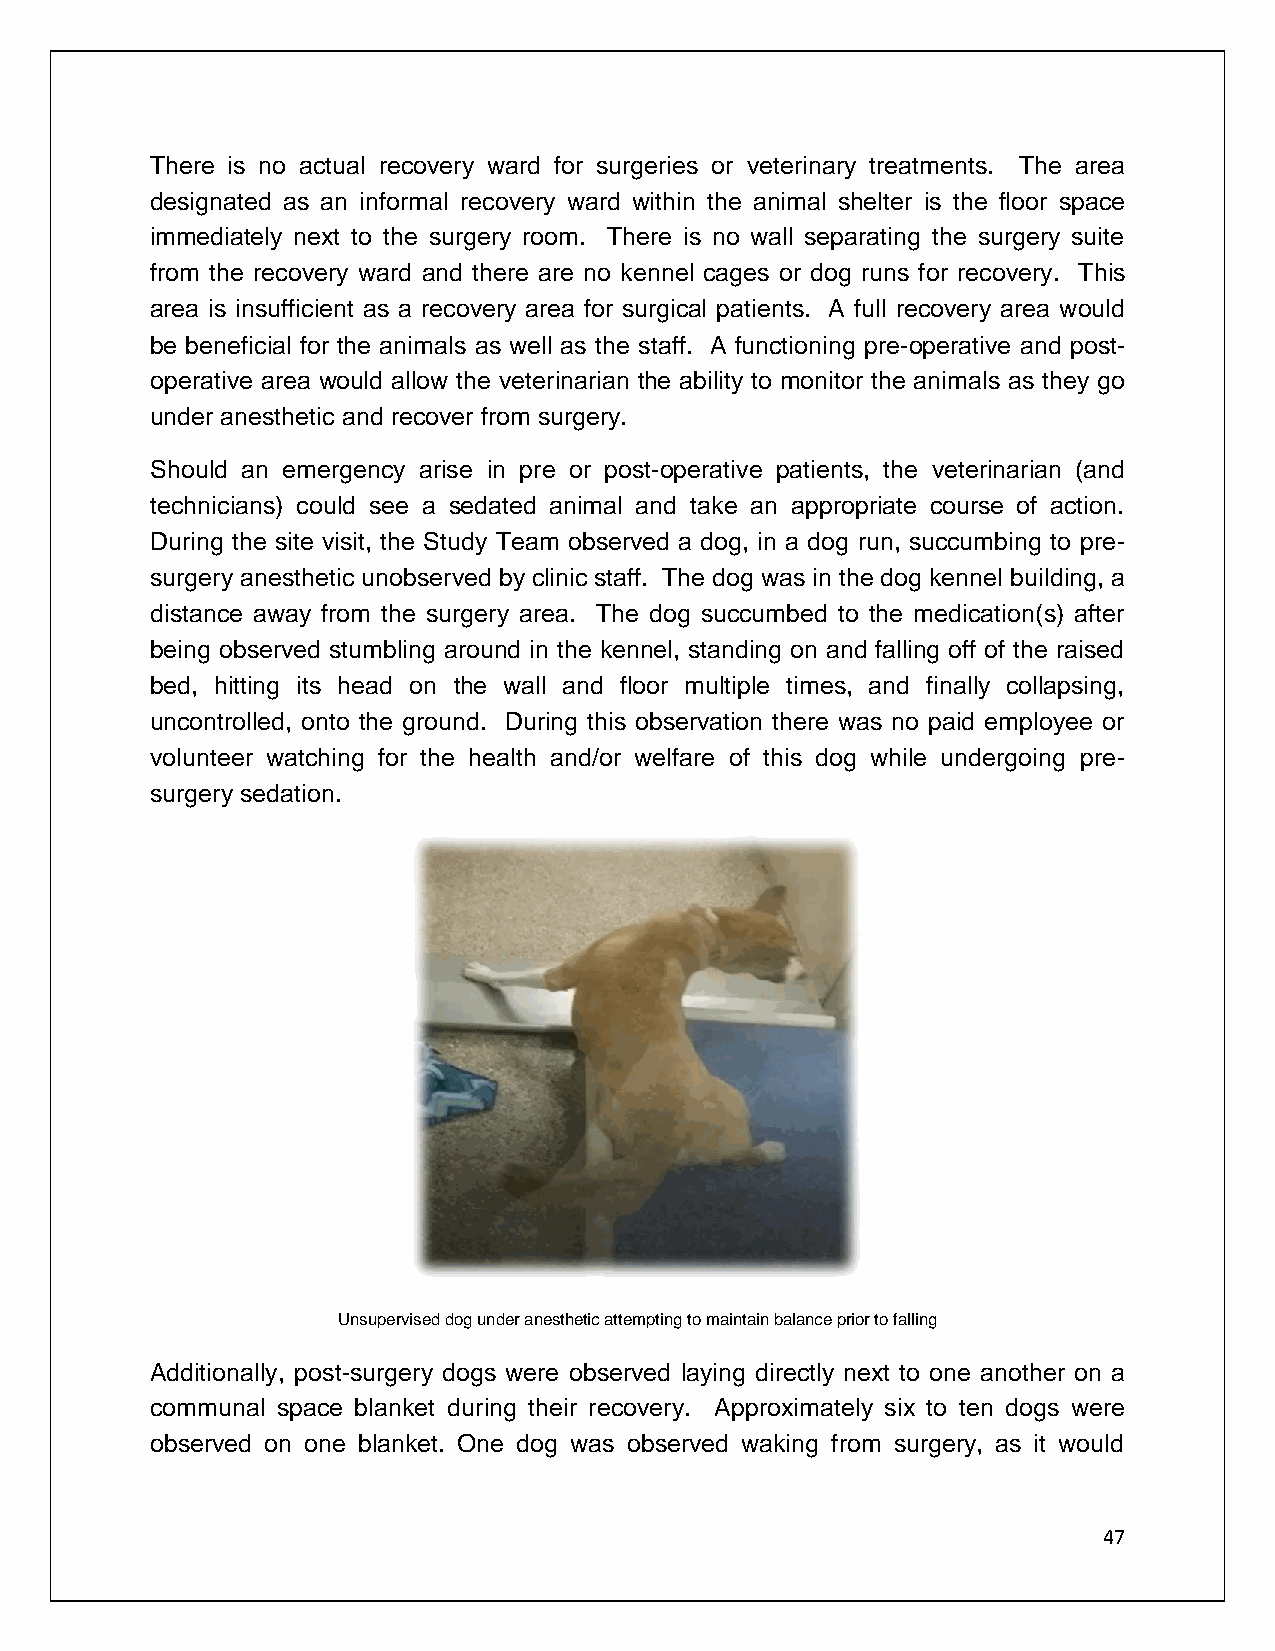
There is no actual recovery ward for surgeries or veterinary treatments. The area
 designated as an informal recovery ward within the animal shelter is the floor space
 immediately next to the surgery room. There is no wall separating the surgery suite
 from the recovery ward and there are no kennel cages or dog runs for recovery. This
 area is insufficient as a recovery area for surgical patients. A full recovery area would
 be beneficial for the animals as well as the staff. A functioning pre-operative and post-
 operative area would allow the veterinarian the ability to monitor the animals as they go
 under anesthetic and recover from surgery.
 Should an emergency arise in pre or post-operative patients, the veterinarian (and
 technicians) could see a sedated animal and take an appropriate course of action.
 During the site visit, the Study Team observed a dog, in a dog run, succumbing to pre-
 surgery anesthetic unobserved by clinic staff. The dog was in the dog kennel building, a
 distance away from the surgery area. The dog succumbed to the medication(s) after
 being observed stumbling around in the kennel, standing on and falling off of the raised
 bed, hitting its head on the wall and floor multiple times, and finally collapsing,
 uncontrolled, onto the ground. During this observation there was no paid employee or
 volunteer watching for the health and/or welfare of this dog while undergoing pre-
 surgery sedation.
 Unsupervised dog under anesthetic attempting to maintain balance prior to falling
 Additionally, post-surgery dogs were observed laying directly next to one another on a
 communal space blanket during their recovery. Approximately six to ten dogs were
 observed on one blanket. One dog was observed waking from surgery, as it would
 47